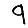
Digit: 9